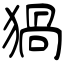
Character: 猧